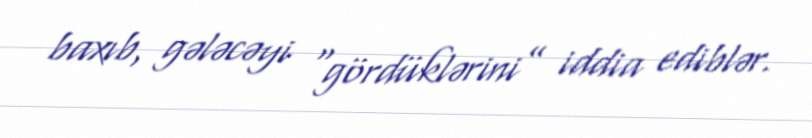
baxıb, gələcəyi “gördüklərini” iddia ediblər.